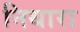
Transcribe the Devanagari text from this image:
निथारा